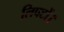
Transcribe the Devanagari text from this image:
लिफ्टों।